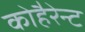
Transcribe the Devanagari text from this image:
कोहैरेन्ट